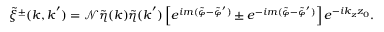
\tilde { \xi } ^ { \pm } ( \boldsymbol { k } , \boldsymbol { k } ^ { \prime } ) = \mathcal { N } \tilde { \eta } ( \boldsymbol { k } ) \tilde { \eta } ( \boldsymbol { k } ^ { \prime } ) \left[ e ^ { i m ( \tilde { \varphi } - \tilde { \varphi } ^ { \prime } ) } \pm e ^ { - i m ( \tilde { \varphi } - \tilde { \varphi } ^ { \prime } ) } \right] e ^ { - i k _ { z } z _ { 0 } } .